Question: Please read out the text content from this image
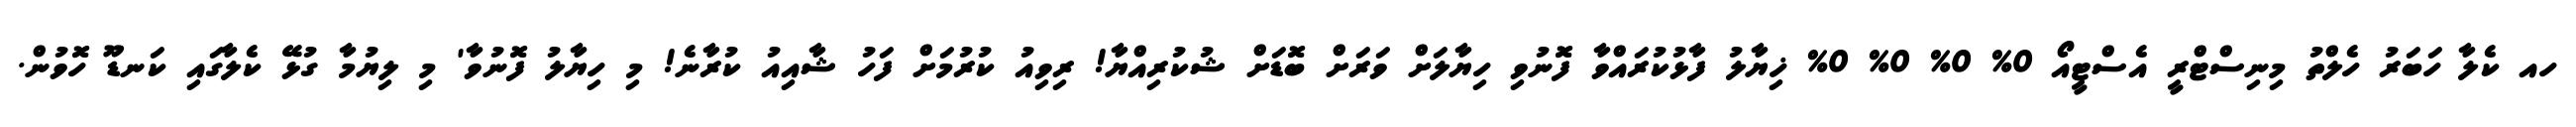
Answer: ހއ ކެލާ ހަބަރު ހެލްތު މިނިސްޓްރީ އެސްޓީއޯ 0% 0% 0% 0% ޚިޔާލު ފާޅުކުރައްވާ ފޮނުވި ހިޔާލަށް ވަރަށް ބޮޑަށް ޝުކުރިއްޔާ! ރިވިއު ކުރުމަށް ފަހު ޝާއިއު ކުރާނެ! މި ހިޔާލު ފޮނުވާ' މި ލިޔުމާ ގުޅޭ ކެލާގައި ކަނޑޫ ހޮވުން.